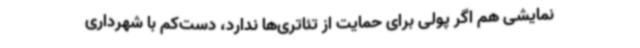
نمایشی هم اگر پولی برای حمایت از تئاتری‌ها ندارد، دست‌کم با شهرداری